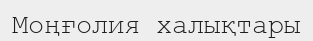
Моңғолия халықтары